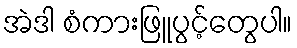
အဲဒါ စံကားဖြူပွင့်တွေပါ။